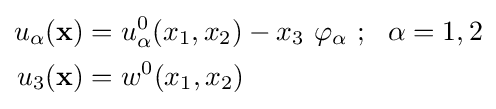
{\begin{aligned}u_{\alpha }(\mathbf {x} )&=u_{\alpha }^{0}(x_{1},x_{2})-x_{3}~\varphi _{\alpha }~;~~\alpha =1,2\\u_{3}(\mathbf {x} )&=w^{0}(x_{1},x_{2})\end{aligned}}